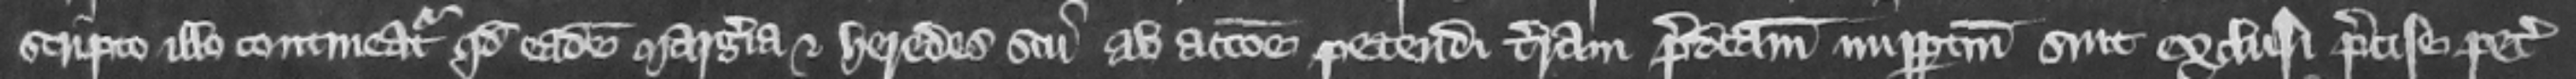
scripto illo contineatur quod eadem Margeria et heredes sui ab accione petendi terram predictam imperpetuum sint exclusi precise petit